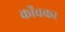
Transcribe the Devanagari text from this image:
कोंचकर